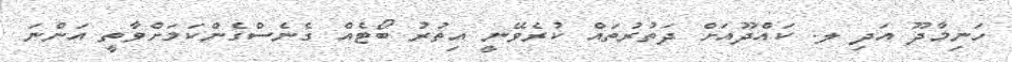
ހަނިމާދޫ އަދި ލ. ކައްދޫއަށް ދަތުރުތައް ކުރެވޭނީ އިތުރު ބޯޓެއް ގެނެސްގެންކަމަށްވާތީ އަންނަ